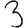
Digit: 3